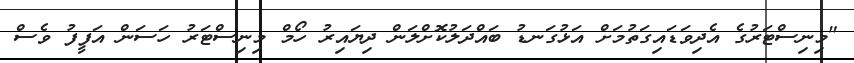
"މިނިސްޓަރުގެ އެދިވަޑައިގަތުމަށް އަޅުގަނޑު ބައްދަލުކޮށްލަން ދިޔައިރު ހޯމް މިނިސްޓަރު ހަސަން އަފީފު ވެސް